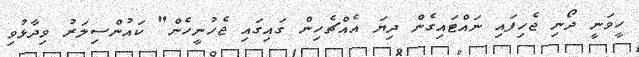
ހީވަނީ ދޯނި ޖެހިފައި ނައްޓައިގެން ދިޔަ އެއްޗެހިން ގައިގައި ޖެހުނީހެން" ކައުންސިލަރު ވިދާޅުވި